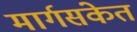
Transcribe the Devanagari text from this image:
मार्गसंकेत